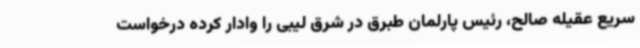
سریع عقیله صالح، رئیس پارلمان طبرق در شرق لیبی را وادار کرده درخواست